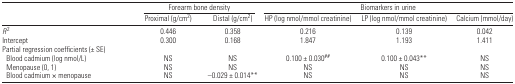
<table><thead><tr><td></td><td colspan="2"><b>Forearm bone density</b></td><td colspan="3"><b>Biomarkers in urine</b></td></tr><tr><td></td><td><b>Proximal (g/cm<sup>2</sup>)</b></td><td><b>Distal (g/cm<sup>2</sup>)</b></td><td><b>HP (log nmol/mmol creatinine)</b></td><td><b>LP (log nmol/mmol creatinine)</b></td><td><b>Calcium (mmol/day)</b></td></tr></thead><tbody><tr><td><i>R</i><sup>2</sup></td><td>0.446</td><td>0.358</td><td>0.216</td><td>0.139</td><td>0.042</td></tr><tr><td>Intercept</td><td>0.300</td><td>0.168</td><td>1.847</td><td>1.193</td><td>1.411</td></tr><tr><td colspan="6">Partial regression coefficients (± SE)</td></tr><tr><td> Blood cadmium (log nmol/L)</td><td>NS</td><td>NS</td><td>0.100 ± 0.030##</td><td>0.100 ± 0.043**</td><td>NS</td></tr><tr><td> Menopause (0, 1)</td><td>NS</td><td>NS</td><td>NS</td><td>NS</td><td>NS</td></tr><tr><td> Blood cadmium × menopause</td><td>NS</td><td>–0.029 ± 0.014**</td><td>NS</td><td>NS</td><td>NS</td></tr></tbody></table>